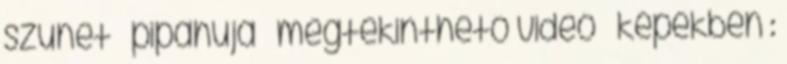
szünet – pipahuja 🙂 megtekinthető videó – képekben :